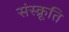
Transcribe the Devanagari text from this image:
संस्क्रूति